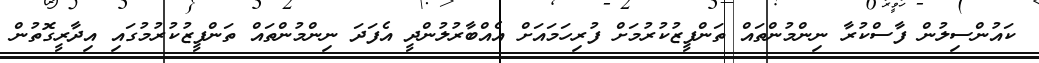
ކައުންސިލުން ފާސްކުރާ ނިންމުންތައް ތަންފީޒުކުރުމަށް ފުރިހަމައަށް އެއްބާރުލުންދީ އެފަދަ ނިންމުންތައް ތަންފީޒުކުރުމުގައި އިދާރީގޮތުން